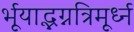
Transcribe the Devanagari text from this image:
र्भूयाद्भग्नत्रिमूर्ध्न